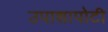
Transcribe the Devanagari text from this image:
उपाशापोटी